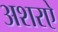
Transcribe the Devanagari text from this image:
अशरऐ